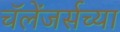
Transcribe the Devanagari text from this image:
चॅलेंजर्सच्या